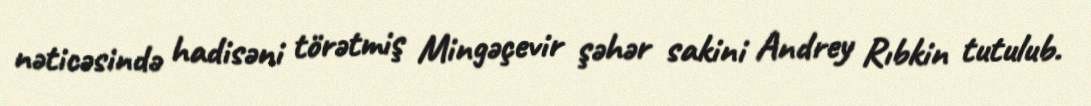
nəticəsində hadisəni törətmiş Mingəçevir şəhər sakini Andrey Rıbkin tutulub.